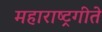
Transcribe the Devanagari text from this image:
महाराष्ट्रगीते